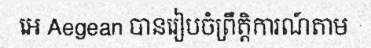
អេ Aegean បានរៀបចំព្រឹត្តិការណ៍តាម